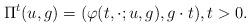
LaTeX: \begin{align*}\Pi^{t}(u,g)=(\varphi(t,\cdot;u,g),g\cdot t),t>0.\end{align*}